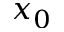
x _ { 0 }